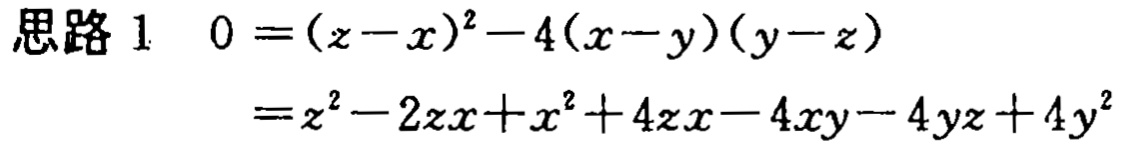
\[
\begin{align*}
\text{思路 }1\quad 0&=(z - x)^2-4(x - y)(y - z)\\
&=z^2-2zx + x^2+4zx-4xy-4yz + 4y^2
\end{align*}
\]